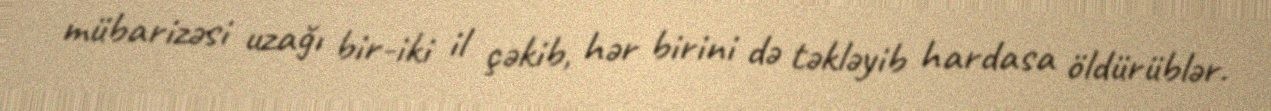
mübarizəsi uzağı bir-iki il çəkib, hər birini də təkləyib hardasa öldürüblər.